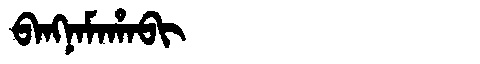
Manchu: ᠪᠠᠩᠨᠠᠮᠠᡥᠠᠪᡳ
Romanization: BANGNAMAHABI